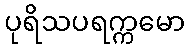
ပုရိသပရက္ကမော